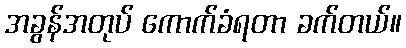
အခွန်အတုပ် ကောက်ခံရတာ ခက်တယ်။